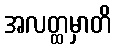
အလတ္ထမှာတိ